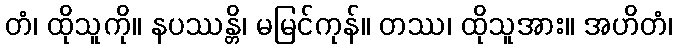
တံ၊ ထိုသူကို။ နပဿန္တိ၊ မမြင်ကုန်။ တဿ၊ ထိုသူအား။ အဟိတံ၊